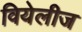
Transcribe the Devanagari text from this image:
वियेलीज